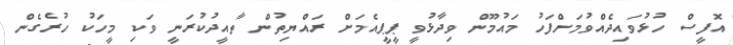
އޮފީސް ހުޅުވައިދެއްވުމަށްފަހު މައުމޫން ވިދާޅުވީ ޕީޕީއެމަށް ރައްޔިތުން ތާއީދުކުރަނީ ވަކި މީހަކު ހުރެގެން